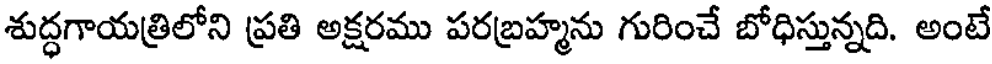
శుద్ధగాయత్రిలోని ప్రతి అక్షరము పరబ్రహ్మను గురించే బోధిస్తున్నది. అంటే